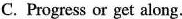
C. Progress or get along.